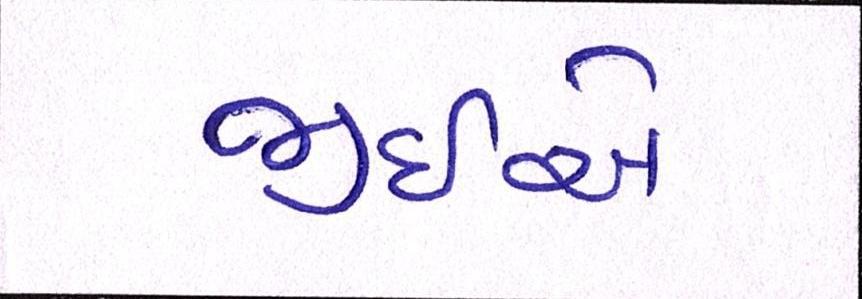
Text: જીઇએ